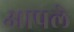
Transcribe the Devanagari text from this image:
अापले